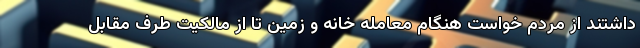
داشتند از مردم خواست هنگام معامله خانه و زمین تا از مالکیت طرف مقابل